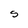
Character: S